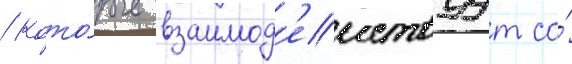
/ кото́рые взаимод'еиствуут со́